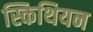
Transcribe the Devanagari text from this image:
स्किथियन